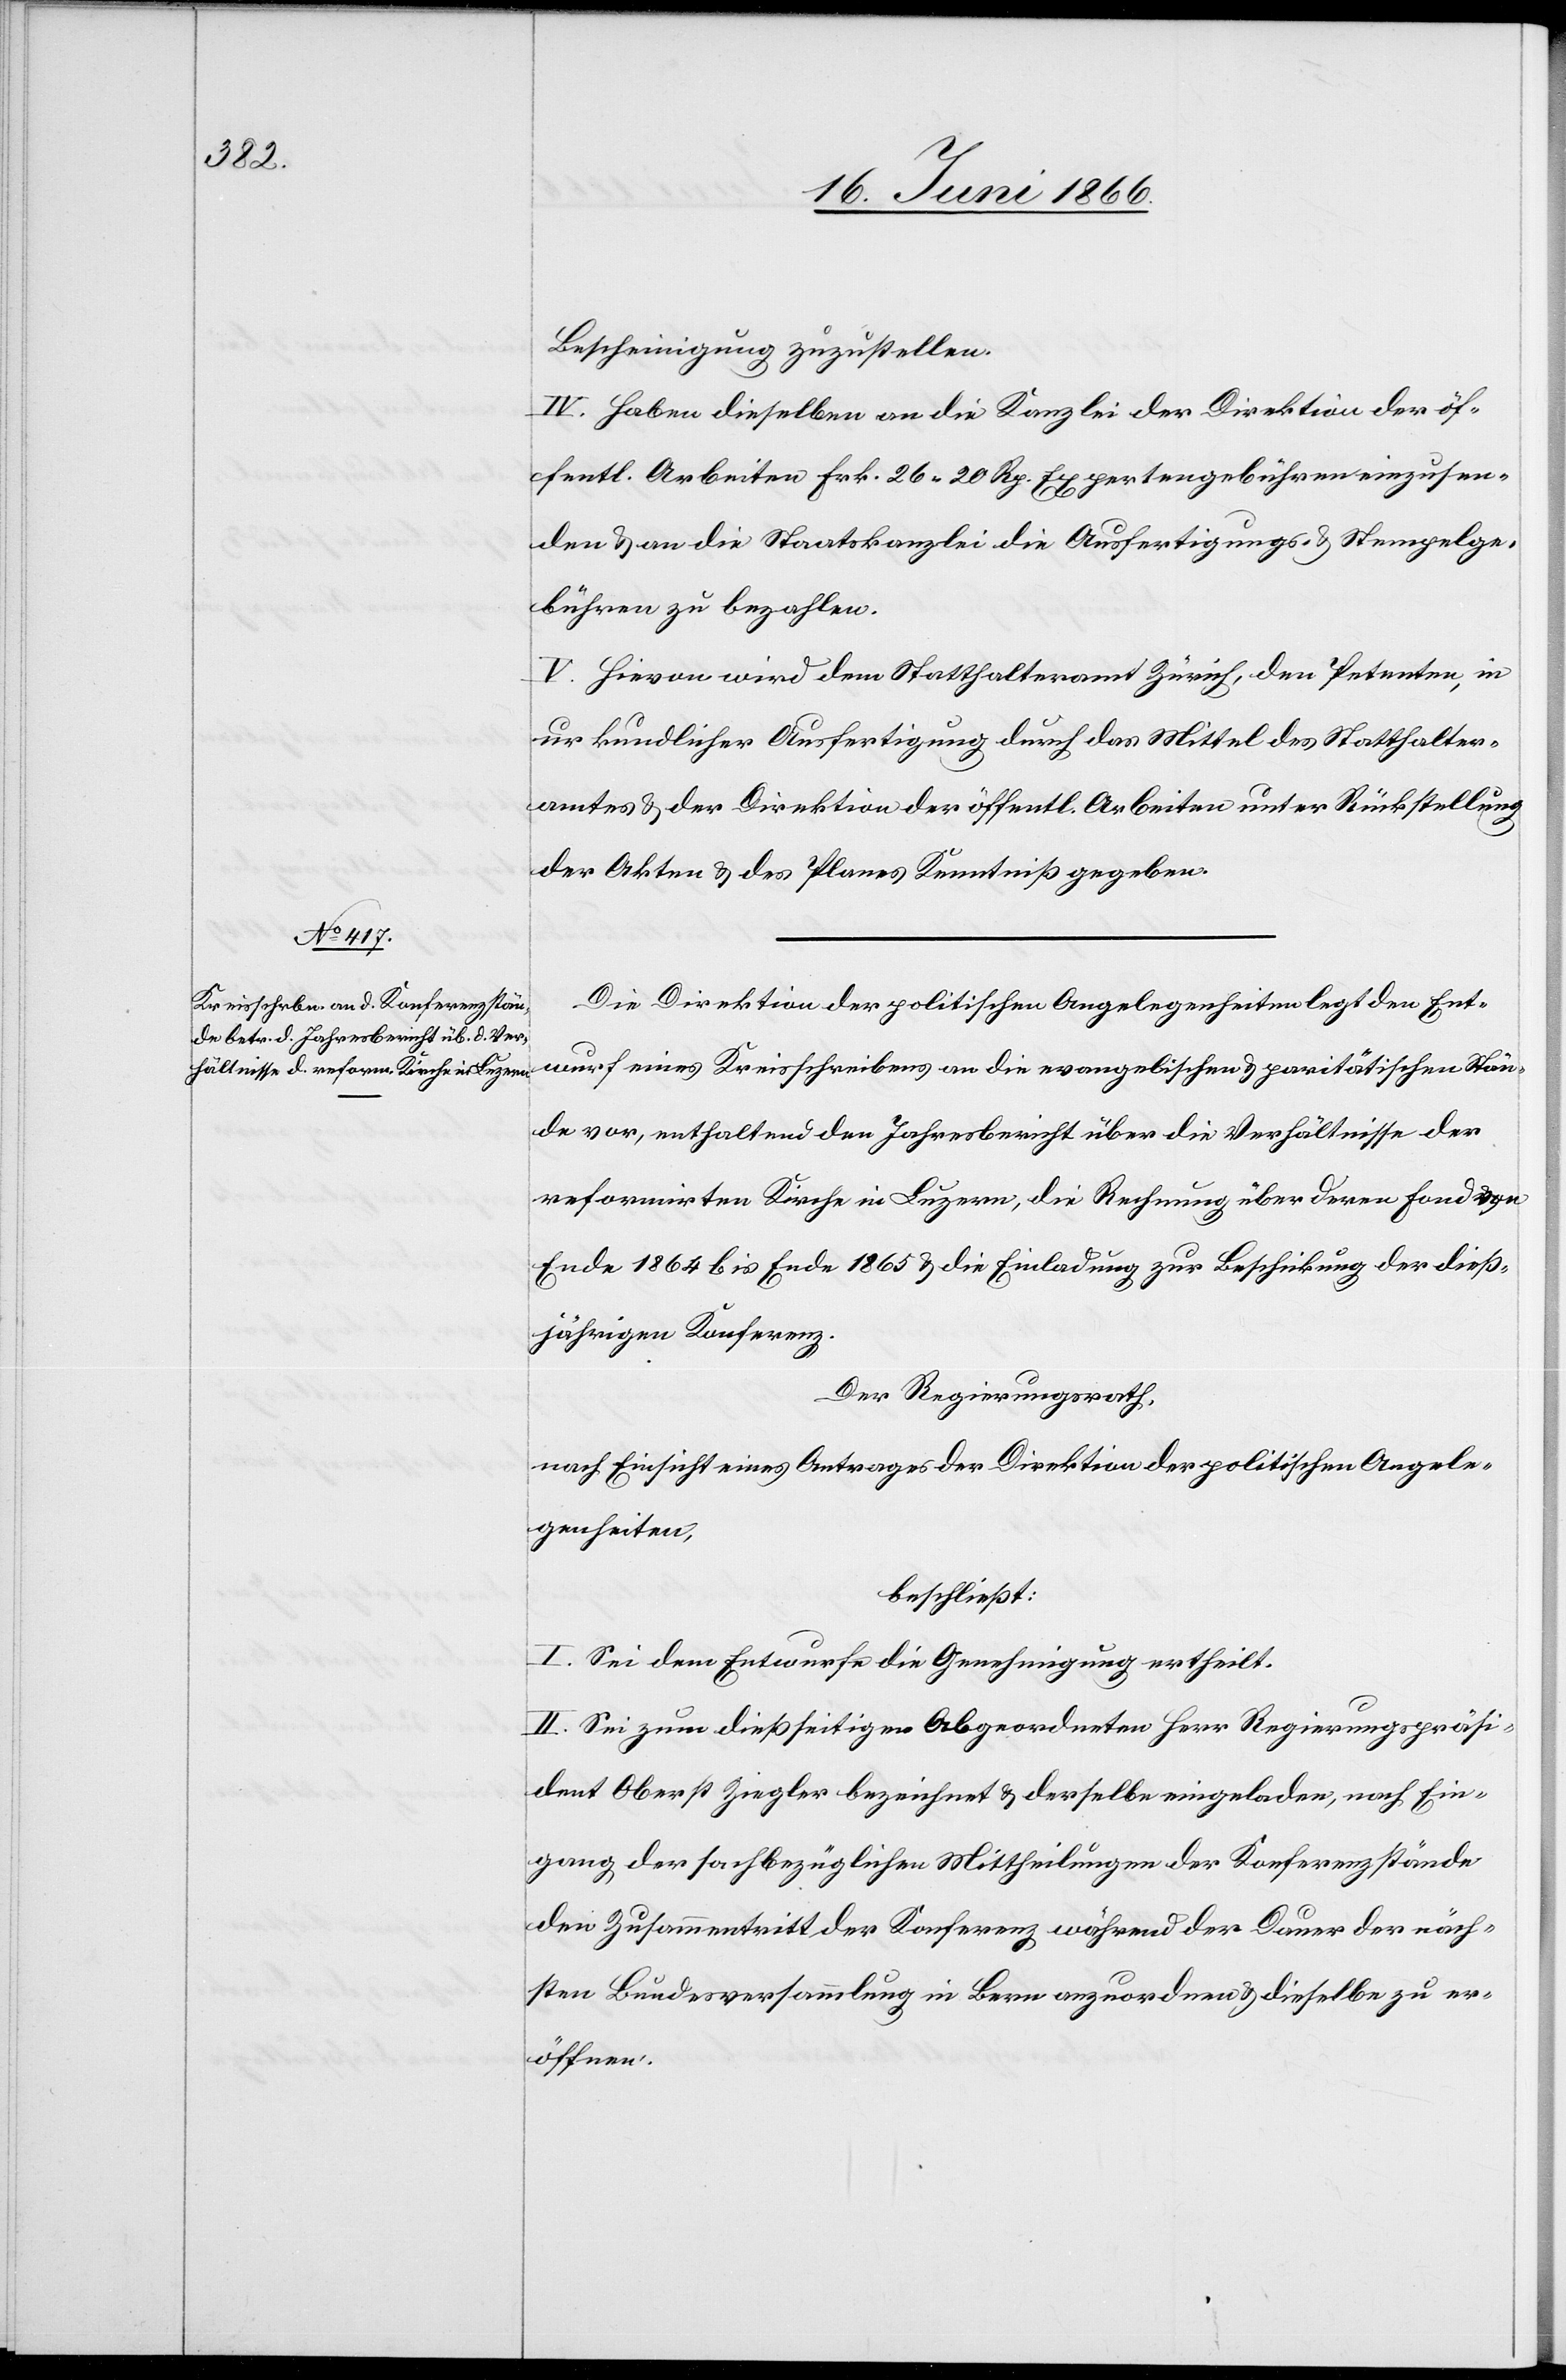
Bescheinigung zuzustellen.
IV. Haben dieselben an die Kanzlei der Direktion der öf¬
fentl. Arbeiten Frk. 26.20 Rp. Expertengebühren einzusen¬
den u. an die Staatskanzlei die Ausfertigungs- u. Stempelge¬
bühren zu bezahlen.
V. Hievon wird dem Statthalteramte Zürich, den Petenten, in
urkundlicher Ausfertigung durch das Mittel des Statthalter¬
amtes u. der Direktion der öffentl. Arbeiten unter Rückstellung
der Akten u. des Planes Kenntniß gegeben.
Die Direktion der politischen Angelegenheiten legt den Ent¬
wurf eines Kreisschreibens an die evangelischen u. paritätischen Stän¬
de vor, enthaltend den Jahresbericht über die Verhältnisse der
reformirten Kirche in Luzern, die Rechnung über deren Fond
Ende 1864 bis Ende 1865 u. die Einladung zur Beschickung der dieß¬
jährigen Konferenz.
Der Regierungsrath,
nach Einsicht eines Antrages der Direktion der politischen Angele¬
genheiten,
beschließt:
I. Sei dem Entwurfe die Genehmigung ertheilt.
II. Sei zum dießseitigen Abgeordneten Herr Regierungspräsi¬
dent Oberst Ziegler bezeichnet u. derselbe eingeladen, nach Ein¬
gang der sachbezüglichen Mittheilungen der Konferenzstände
den Zusammentritt der Konferenz während der Dauer der näch¬
sten Bundesversammlung in Bern anzuordnen u. dieselbe zu er¬
öffnen.